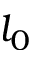
l _ { 0 }